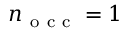
n _ { \mathrm { ~ o ~ c ~ c ~ } } = 1